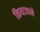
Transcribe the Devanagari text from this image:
कियाजाने